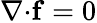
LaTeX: \mathbf{\nabla\cdot}\mathbf{f}=0